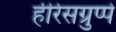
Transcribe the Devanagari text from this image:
हीरेसग्रुप्पे